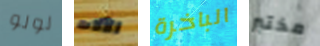
لولو الآلات الباخرة مختبر